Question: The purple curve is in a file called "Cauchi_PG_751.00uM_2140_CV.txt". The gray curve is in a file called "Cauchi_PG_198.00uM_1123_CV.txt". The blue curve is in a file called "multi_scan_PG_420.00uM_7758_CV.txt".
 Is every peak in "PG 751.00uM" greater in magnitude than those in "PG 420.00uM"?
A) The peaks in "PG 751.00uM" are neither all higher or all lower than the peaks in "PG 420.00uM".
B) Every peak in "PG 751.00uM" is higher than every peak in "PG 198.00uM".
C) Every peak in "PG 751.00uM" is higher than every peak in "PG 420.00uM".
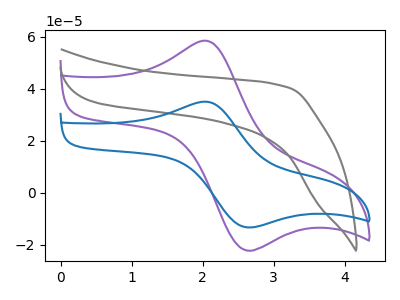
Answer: <think>The purple curve "PG 751.00uM" has an anodic peak at (2.05V, 58.50uA) and a cathodic peak at (2.60V, -21.95uA). The gray curve "PG 198.00uM" has no peaks. The blue curve "PG 420.00uM" has an anodic peak at (2.05V, 35.05uA) and a cathodic peak at (2.60V, -13.15uA).</think>
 <answer>C) Every peak in "PG 751.00uM" is higher than every peak in "PG 420.00uM".</answer>
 <eval>C</eval>